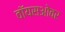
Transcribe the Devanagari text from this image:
वॉयसओवर